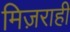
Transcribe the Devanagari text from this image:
मिज़राही